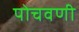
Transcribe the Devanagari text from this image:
पोचवणी